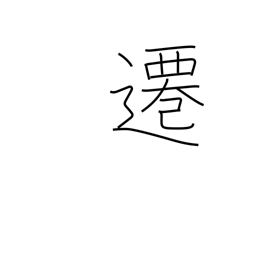
Meaning: move